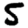
Digit: 5